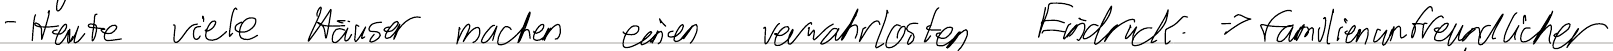
- Heute viele Häuser machen einen verwahrlosten Eindruck -> familienunfreundlicher